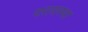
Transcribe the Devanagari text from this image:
परावस्था